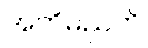
အတိမညတိ